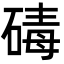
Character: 碡